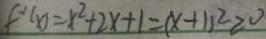
f ^ { - 1 } ( x ) = x ^ { 2 } + 2 x + 1 = ( x + 1 ) ^ { 2 } \geq 0